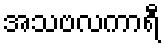
အသဗလကာရီ